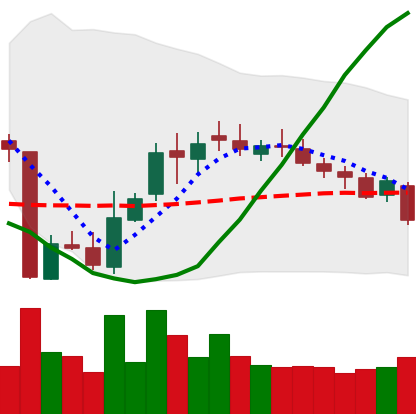
Ticker: XLM-USD
Chart end date: 2018-10-29
Forward return: 6.003%
Label: up_5_7